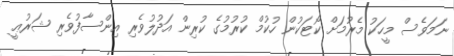
ނަމަވެސް މީހަކު މެރުމަށް ކޯޓަކުން ހުކުމް ކުރުމުގެ ކުރިން އަދުލުވެރި އިންސާފުވެރި ޝަރުޢީ